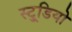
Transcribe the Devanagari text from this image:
स्टु्डियो